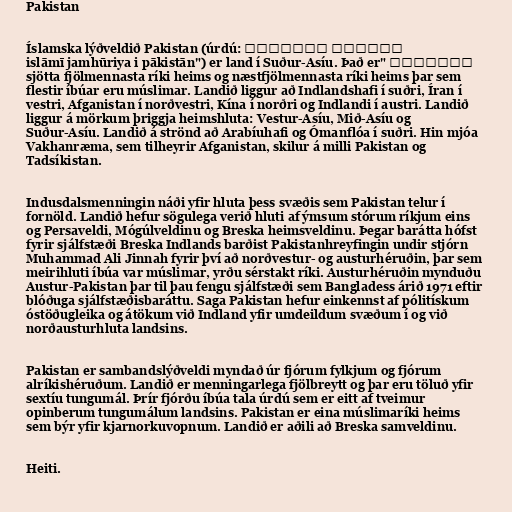
Pakistan

Íslamska lýðveldið Pakistan (úrdú: اسلامی جمہوریۂ
پاکستان "islāmī jamhūriya i pākistān") er land í Suður-Asíu. Það er
sjötta fjölmennasta ríki heims og næstfjölmennasta ríki heims þar sem
flestir íbúar eru múslimar. Landið liggur að Indlandshafi í suðri, Íran í
vestri, Afganistan í norðvestri, Kína í norðri og Indlandi í austri. Landið
liggur á mörkum þriggja heimshluta: Vestur-Asíu, Mið-Asíu og
Suður-Asíu. Landið á strönd að Arabíuhafi og Ómanflóa í suðri. Hin mjóa
Vakhanræma, sem tilheyrir Afganistan, skilur á milli Pakistan og
Tadsíkistan.

Indusdalsmenningin náði yfir hluta þess svæðis sem Pakistan telur í
fornöld. Landið hefur sögulega verið hluti af ýmsum stórum ríkjum eins
og Persaveldi, Mógúlveldinu og Breska heimsveldinu. Þegar barátta hófst
fyrir sjálfstæði Breska Indlands barðist Pakistanhreyfingin undir stjórn
Muhammad Ali Jinnah fyrir því að norðvestur- og austurhéruðin, þar sem
meirihluti íbúa var múslimar, yrðu sérstakt ríki. Austurhéruðin mynduðu
Austur-Pakistan þar til þau fengu sjálfstæði sem Bangladess árið 1971 eftir
blóðuga sjálfstæðisbaráttu. Saga Pakistan hefur einkennst af pólitískum
óstöðugleika og átökum við Indland yfir umdeildum svæðum í og við
norðausturhluta landsins.

Pakistan er sambandslýðveldi myndað úr fjórum fylkjum og fjórum
alríkishéruðum. Landið er menningarlega fjölbreytt og þar eru töluð yfir
sextíu tungumál. Þrír fjórðu íbúa tala úrdú sem er eitt af tveimur
opinberum tungumálum landsins. Pakistan er eina múslimaríki heims
sem býr yfir kjarnorkuvopnum. Landið er aðili að Breska samveldinu.

Heiti.